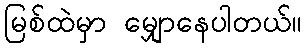
မြစ်ထဲမှာ မျှောနေပါတယ်။